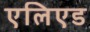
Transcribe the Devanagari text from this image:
एलिएड